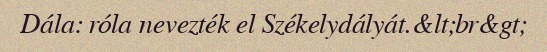
Dála: róla nevezték el Székelydályát.&lt;br&gt;